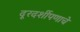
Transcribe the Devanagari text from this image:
दूरदर्शीपणाचे